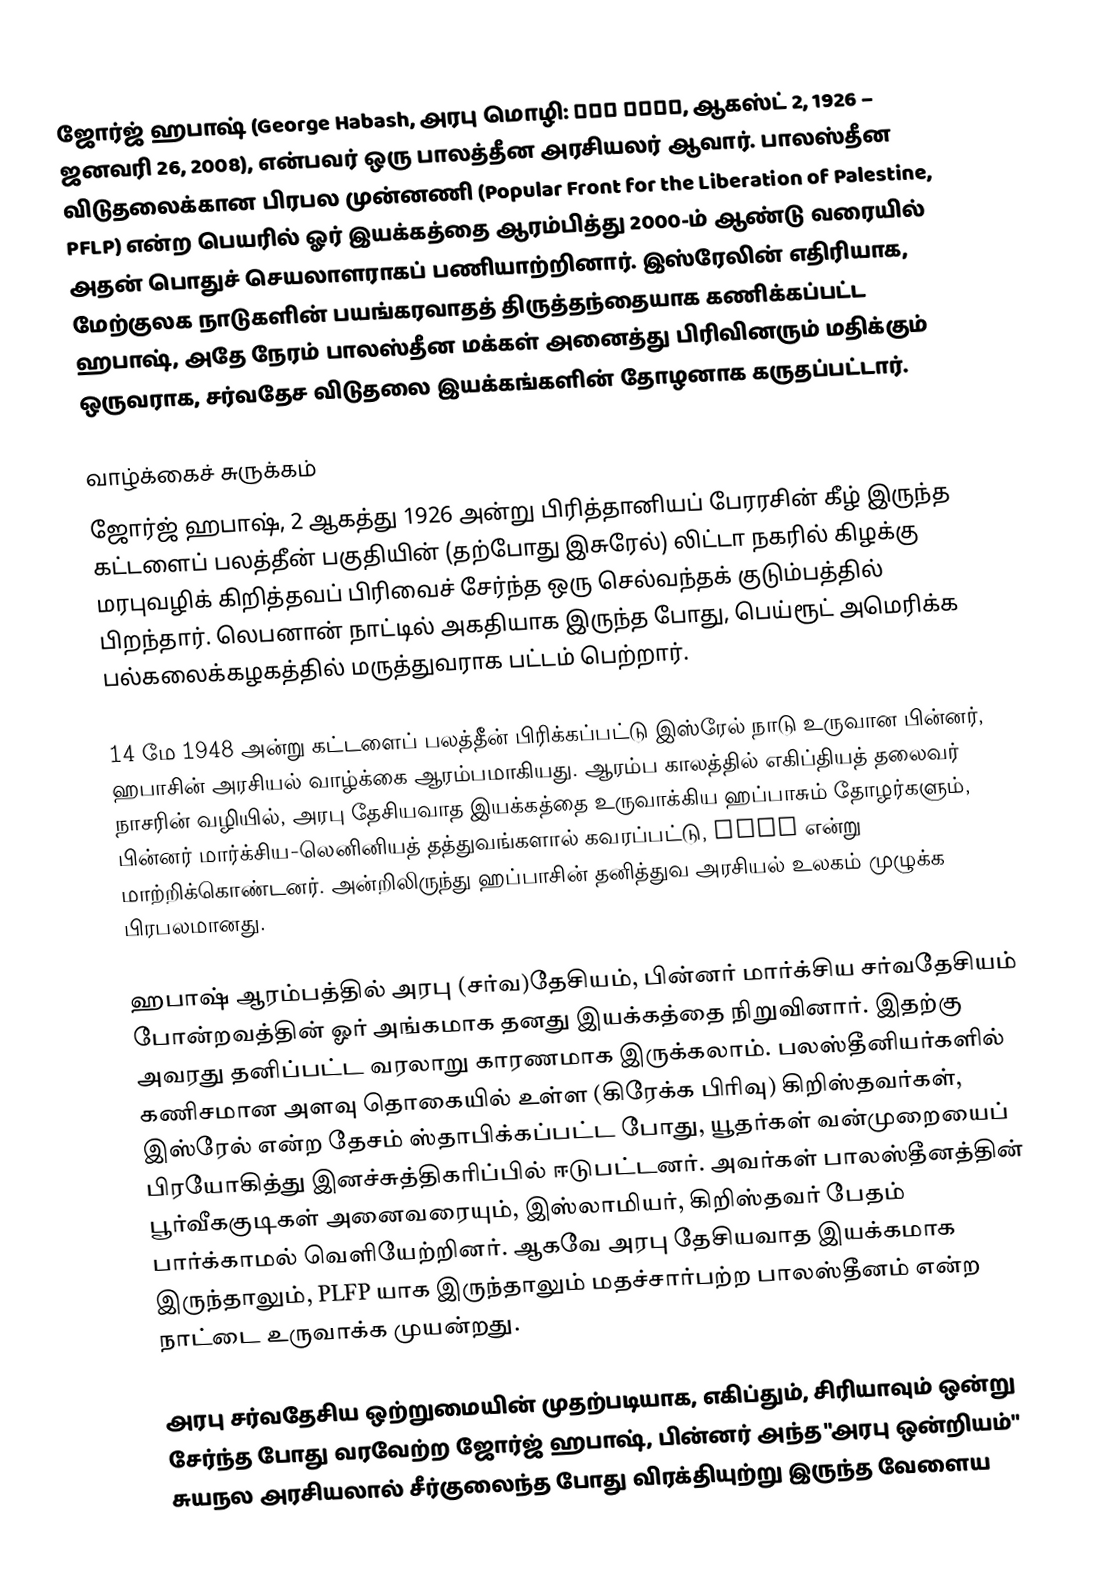
ஜோர்ஜ் ஹபாஷ் (George Habash, அரபு மொழி: جورج حبش, ஆகஸ்ட் 2, 1926 – ஜனவரி 26, 2008), என்பவர் ஒரு பாலத்தீன அரசியலர் ஆவார். பாலஸ்தீன விடுதலைக்கான பிரபல முன்னணி (Popular Front for the Liberation of Palestine, PFLP) என்ற பெயரில் ஓர் இயக்கத்தை ஆரம்பித்து 2000-ம் ஆண்டு வரையில் அதன் பொதுச் செயலாளராகப் பணியாற்றினார். இஸ்ரேலின் எதிரியாக, மேற்குலக நாடுகளின் பயங்கரவாதத் திருத்தந்தையாக கணிக்கப்பட்ட ஹபாஷ், அதே நேரம் பாலஸ்தீன மக்கள் அனைத்து பிரிவினரும் மதிக்கும் ஒருவராக, சர்வதேச விடுதலை இயக்கங்களின் தோழனாக கருதப்பட்டார்.

வாழ்க்கைச் சுருக்கம்
ஜோர்ஜ் ஹபாஷ், 2 ஆகத்து 1926 அன்று பிரித்தானியப் பேரரசின் கீழ் இருந்த கட்டளைப் பலத்தீன் பகுதியின் (தற்போது இசுரேல்) லிட்டா நகரில் கிழக்கு மரபுவழிக் கிறித்தவப் பிரிவைச் சேர்ந்த ஒரு செல்வந்தக் குடும்பத்தில் பிறந்தார். லெபனான் நாட்டில் அகதியாக இருந்த போது, பெய்ரூட் அமெரிக்க பல்கலைக்கழகத்தில் மருத்துவராக பட்டம் பெற்றார்.

14 மே 1948 அன்று கட்டளைப் பலத்தீன் பிரிக்கப்பட்டு இஸ்ரேல் நாடு உருவான பின்னர், ஹபாசின் அரசியல் வாழ்க்கை ஆரம்பமாகியது.  ஆரம்ப காலத்தில் எகிப்தியத் தலைவர் நாசரின் வழியில், அரபு தேசியவாத இயக்கத்தை உருவாக்கிய ஹப்பாசும் தோழர்களும், பின்னர் மார்க்சிய-லெனினியத் தத்துவங்களால் கவரப்பட்டு, PLFP என்று மாற்றிக்கொண்டனர். அன்றிலிருந்து ஹப்பாசின் தனித்துவ அரசியல் உலகம் முழுக்க பிரபலமானது.

ஹபாஷ் ஆரம்பத்தில் அரபு (சர்வ)தேசியம், பின்னர் மார்க்சிய சர்வதேசியம் போன்றவத்தின் ஓர் அங்கமாக தனது இயக்கத்தை நிறுவினார். இதற்கு அவரது தனிப்பட்ட வரலாறு காரணமாக இருக்கலாம். பலஸ்தீனியர்களில் கணிசமான அளவு தொகையில் உள்ள (கிரேக்க பிரிவு) கிறிஸ்தவர்கள், இஸ்ரேல் என்ற தேசம் ஸ்தாபிக்கப்பட்ட போது, யூதர்கள் வன்முறையைப் பிரயோகித்து இனச்சுத்திகரிப்பில் ஈடுபட்டனர். அவர்கள் பாலஸ்தீனத்தின் பூர்வீககுடிகள் அனைவரையும், இஸ்லாமியர், கிறிஸ்தவர் பேதம் பார்க்காமல் வெளியேற்றினர். ஆகவே அரபு தேசியவாத இயக்கமாக இருந்தாலும், PLFP யாக இருந்தாலும் மதச்சார்பற்ற பாலஸ்தீனம் என்ற நாட்டை உருவாக்க முயன்றது.

அரபு சர்வதேசிய ஒற்றுமையின் முதற்படியாக, எகிப்தும், சிரியாவும் ஒன்று சேர்ந்த போது வரவேற்ற ஜோர்ஜ் ஹபாஷ், பின்னர் அந்த "அரபு ஒன்றியம்" சுயநல அரசியலால் சீர்குலைந்த போது விரக்தியுற்று இருந்த வேளைய